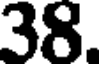
38.